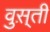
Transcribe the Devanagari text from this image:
वुस़्ती